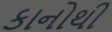
કાનોથી